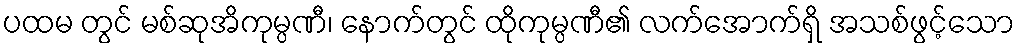
ပထမ တွင် မစ်ဆုအိကုမ္ပဏီ၊ နောက်တွင် ထိုကုမ္ပဏီ၏ လက်အောက်ရှိ အသစ်ဖွင့်သော